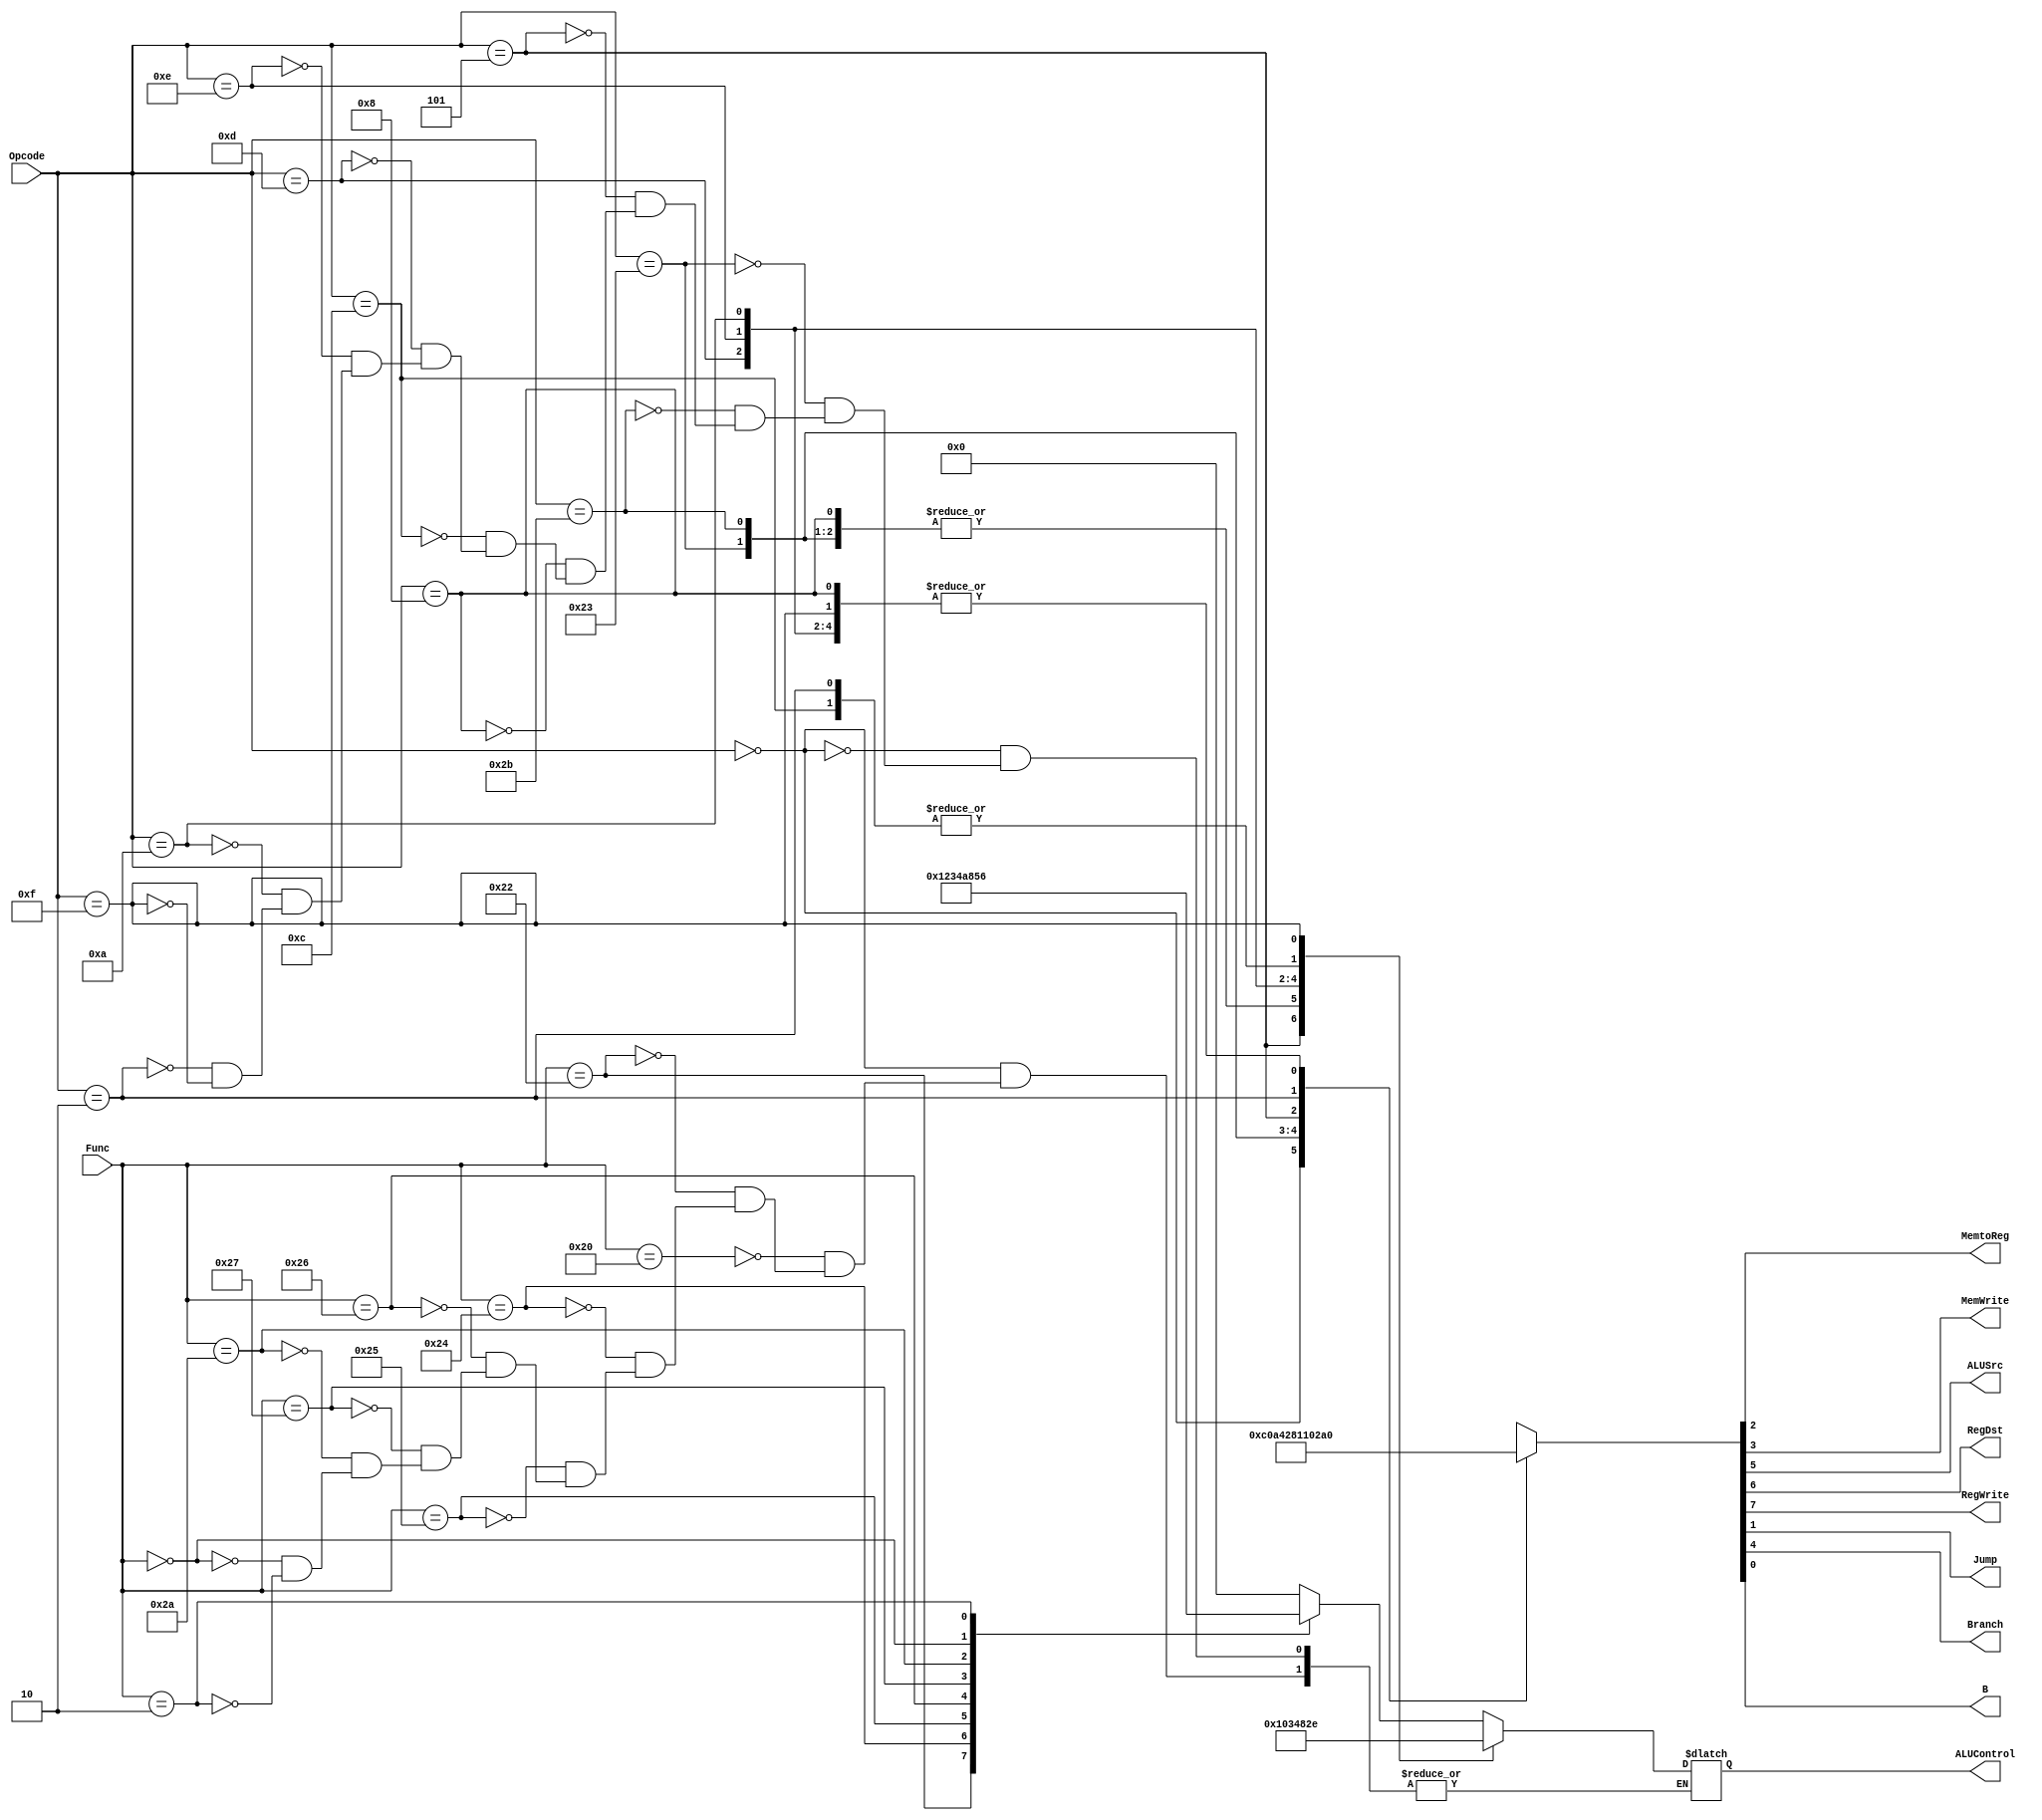
`timescale 1ns/1ns

module Controlunit(input [5:0] Opcode, 
               input [5:0] Func,
               output reg MemtoReg,
               output reg  MemWrite,
               output reg  ALUSrc,
               output reg  RegDst,
               output reg  RegWrite,
               output reg  Jump,
               output reg Branch,
               output reg B,
               output reg  [3:0] ALUControl
               );
			   
	reg [7:0] temp;

	always @(*) begin 

		case (Opcode) 
			6'b000000: begin                          // R-type
						temp <= 8'b11000000;        

						case (Func)
						6'b100000: ALUControl <= 4'b0000;    // ADD
						6'b100010: ALUControl <= 4'b0001;    // SUB
						6'b100100: ALUControl <= 4'b0010;    // AND
						6'b100101: ALUControl <= 4'b0011;    // OR
						6'b100110: ALUControl <= 4'b0100;    // XOR
						6'b100111: ALUControl <= 4'b1010;    // NOR
						6'b101010: ALUControl <= 4'b1000;    // SLT
						6'b000000: ALUControl <= 4'b0101;    // SLL
						6'b000010: ALUControl <= 4'b0110;    // SRL
					endcase

				end

			6'b100011: begin                          // LW
							temp <= 8'b10100100;     
							ALUControl <= 4'b0000;
						end

			6'b101011: begin                          // SW
							 temp <= 8'b00101000;      
							 ALUControl <= 4'b0000;
						end     

			6'b000101: begin                          // BNE
							temp <= 8'b00010001;  
							ALUControl <= 4'b0001; 
						end

			6'b001000: begin                          // ADDI
							temp <= 8'b10100000;  
							ALUControl <= 4'b0000; 
						end  

			6'b001100: begin                          // ANDI
							temp <= 8'b10100000;  
							ALUControl <= 4'b0010; 
						end 

			6'b001101: begin                          // ORI
							temp <= 8'b10100000;  
							ALUControl <= 4'b0011; 
						end  

			6'b001110: begin                          // XORI
							temp <= 8'b10100000;  
							ALUControl <= 4'b0100; 
						end       

			6'b001010: begin                          // SLTI
							temp <= 8'b10100000;  
							ALUControl <= 4'b1000; 
						end 

			6'b000010: begin                          // J
							temp <= 8'b00000010;  
							ALUControl <= 4'b0010; 
						end 
							
			6'b001111:  begin                         // LUI
							temp <= 8'b10100000;  
							ALUControl <= 4'b1110; 
						end          
			default:   temp <= 12'bxxxxxxxxxxxx;
		endcase

		{RegWrite,RegDst,ALUSrc,Branch,MemWrite,MemtoReg,Jump,B} = temp;
	end 
endmodule